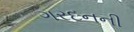
ગરદનની